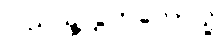
ပြည်သူ့လွှတ်တော်သို့